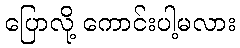
ပြောလို့ ကောင်းပါ့မလား